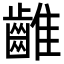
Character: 𪘮